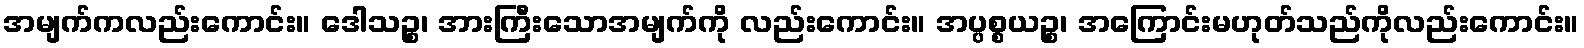
အမျက်ကလည်းကောင်း။ ဒေါသဉ္စ၊ အားကြီးသောအမျက်ကို လည်းကောင်း။ အပ္ပစ္စယဉ္စ၊ အကြောင်းမဟုတ်သည်ကိုလည်းကောင်း။